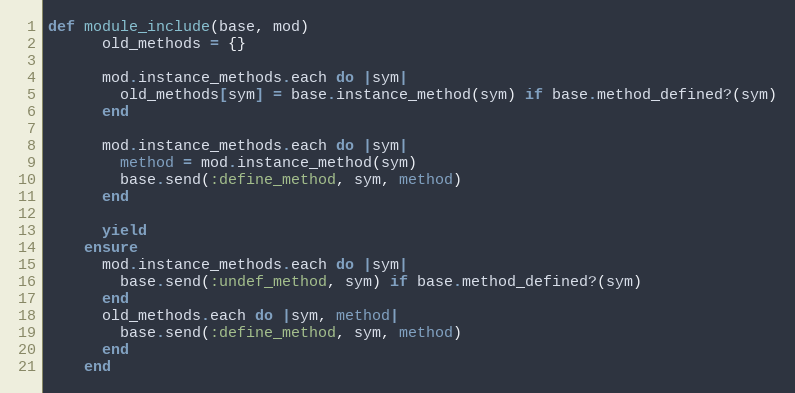
Language: Ruby
def module_include(base, mod)
      old_methods = {}

      mod.instance_methods.each do |sym|
        old_methods[sym] = base.instance_method(sym) if base.method_defined?(sym)
      end

      mod.instance_methods.each do |sym|
        method = mod.instance_method(sym)
        base.send(:define_method, sym, method)
      end

      yield
    ensure
      mod.instance_methods.each do |sym|
        base.send(:undef_method, sym) if base.method_defined?(sym)
      end
      old_methods.each do |sym, method|
        base.send(:define_method, sym, method)
      end
    end